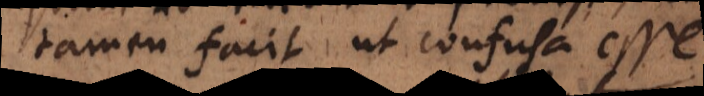
tamen facit, ut confusa esse